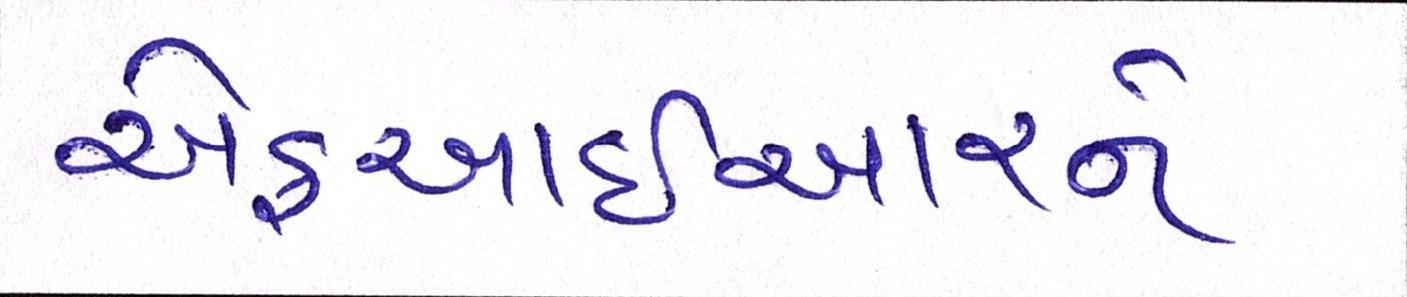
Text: એફઆઈઆરને